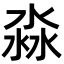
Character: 淼